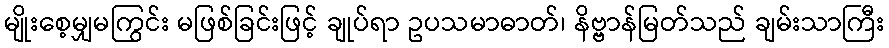
မျိုးစေ့မျှမကြွင်း မဖြစ်ခြင်းဖြင့် ချုပ်ရာ ဥပသမာဓာတ်၊ နိဗ္ဗာန်မြတ်သည် ချမ်းသာကြီး